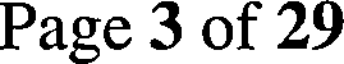
Page 3 of 29